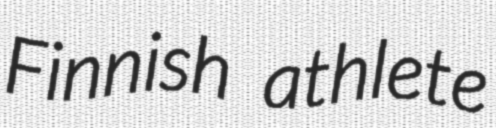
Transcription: Finnish athlete